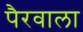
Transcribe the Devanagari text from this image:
पैरवाला